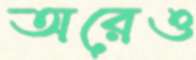
অরেও